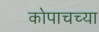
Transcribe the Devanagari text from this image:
कोपाचच्या